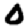
Digit: 0